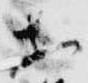
等